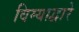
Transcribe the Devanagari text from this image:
विम्याद्वारे